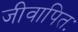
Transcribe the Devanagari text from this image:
जीवापितः